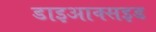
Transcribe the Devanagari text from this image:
डाइआक्सइड